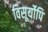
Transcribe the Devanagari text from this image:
विसूर्योपि